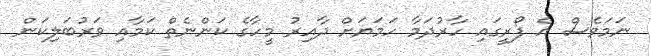
ނަމަވެސް އެ ފޯރީގައި ހާރުދަމާ ހަމަޔަށް ދާއިރު މީހާގެ ކަންނެތް ކަމާއި ވަރުބަލިކަން